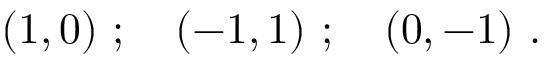
( 1 , 0 ) \ ; \quad ( - 1 , 1 ) \ ; \quad ( 0 , - 1 ) \ .